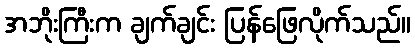
အဘိုးကြီးက ချက်ချင်း ပြန်ဖြေလိုက်သည်။